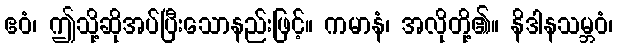
ဧဝံ၊ ဤသို့ဆိုအပ်ပြီးသောနည်းဖြင့်။ ကမာနံ၊ အလိုတို့၏။ နိဒါနသမ္ဘဝံ၊